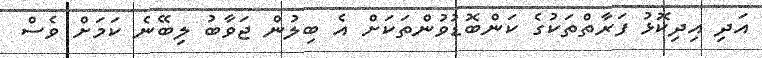
އަދި އިދިކޮޅު ފަރާތްތަކުގެ ކަންބޮޑުވުންތަކަށް އެ ބިލުން ޖަވާބު ލިބޭނެ ކަމަށް ވެސް